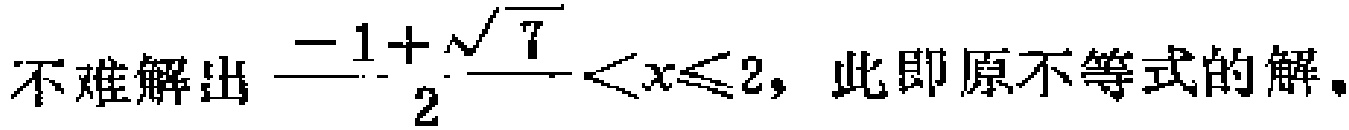
不难解出\(\frac{-1 + \sqrt{7}}{2} < x\leqslant 2\)，此即原不等式的解。